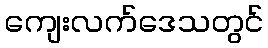
ကျေးလက်ဒေသတွင်